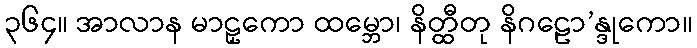
၃၆၄။ အာလာန မာဠှကော ထမ္ဘော၊ နိတ္ထီတု နိဂဠော’န္ဒုကော။